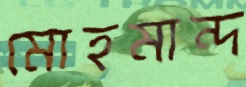
মোহমান্দ